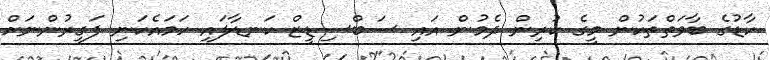
ކާޑުގެ ބާވަތްތަކުން މީގެ ކުރިން ދެމުން އައި ސަބްސިޑީޒް ކަނޑާލައި ހަމައެކަނި ފަގީރުންނަށް